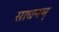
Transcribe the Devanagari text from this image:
साधनम्